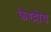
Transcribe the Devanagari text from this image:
केण्द्रीय